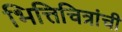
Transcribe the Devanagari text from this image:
भित्तिचित्रांची